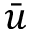
\bar { u }